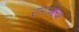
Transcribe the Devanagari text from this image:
रागावल्या